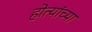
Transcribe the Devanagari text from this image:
होत्यांच्या